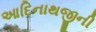
આદિનાથજીની